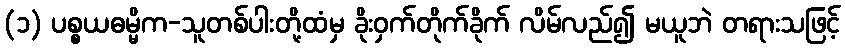
(၁) ပစ္စယဓမ္မိက-သူတစ်ပါးတို့ထံမှ ခိုးဝှက်တိုက်ခိုက် လိမ်လည်၍ မယူဘဲ တရားသဖြင့်